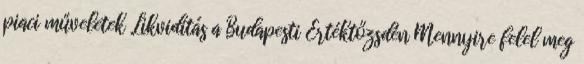
piaci műveletek Likviditás a Budapesti Értéktőzsdén Mennyire felel meg